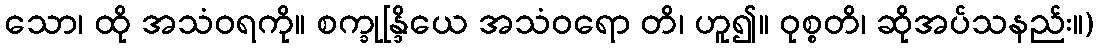
သော၊ ထို အသံဝရကို။ စက္ခုန္ဒြိယေ အသံဝရော တိ၊ ဟူ၍။ ဝုစ္စတိ၊ ဆိုအပ်သနည်း။)